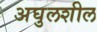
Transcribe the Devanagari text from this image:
अघुलशील